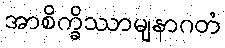
အာစိက္ခိဿာမျနာဂတံ